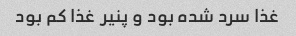
غذا سرد شده بود و پنیر غذا کم بود